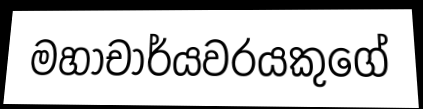
මහාචාර්යවරයකුගේ